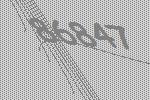
86847